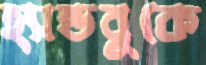
হ্যান্ডবুকে